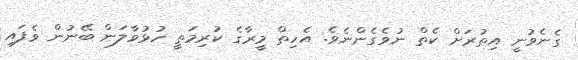
ގެނެވުނީ އިތުރަށް ކެތް ނުވެގެންނެވެ. އެހިތް މީރާގެ ކުރިމަތީ ހުޅުވާލަން ބޭނުން ވެފައި